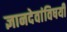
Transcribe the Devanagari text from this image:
ज्ञानदेवांविषयी